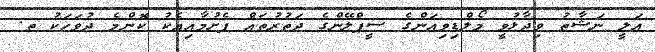
އަލީ ނަޝާތު ވިދާޅުވީ މޯލްޑިވިއަންގެ ސީޕްލޭންގެ ދަތުރުތައް ފެށުމާއިއެކު ކޮންމެ ދުވަހަކު ތ.